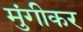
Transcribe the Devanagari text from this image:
मुंगीकर